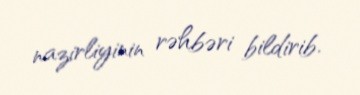
nazirliyinin rəhbəri bildirib.